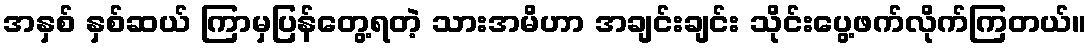
အနှစ် နှစ်ဆယ် ကြာမှပြန်တွေ့ရတဲ့ သားအမိဟာ အချင်းချင်း သိုင်းပွေ့ဖက်လိုက်ကြတယ်။